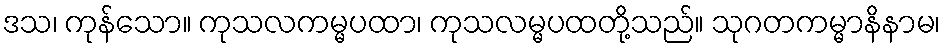
ဒသ၊ ကုန်သော။ ကုသလကမ္မပထာ၊ ကုသလမ္မပထတို့သည်။ သုဂတကမ္မာနိနာမ၊